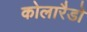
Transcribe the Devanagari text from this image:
कोलारैडो